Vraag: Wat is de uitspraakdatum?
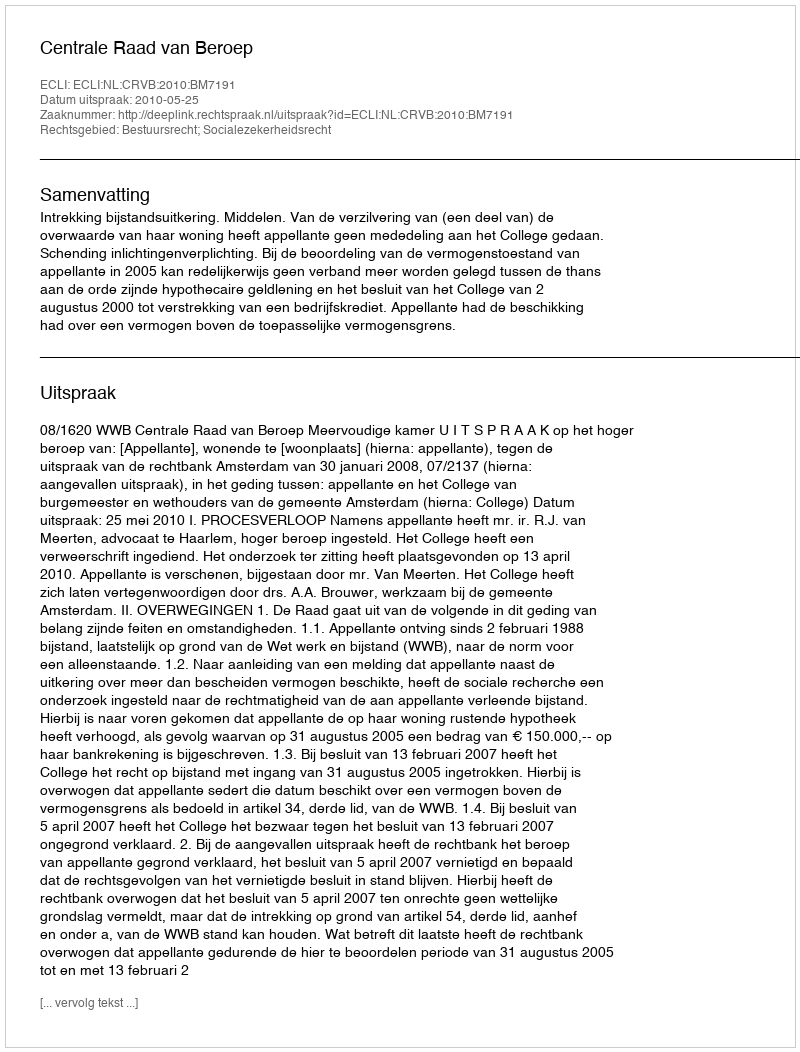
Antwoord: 2010-05-25